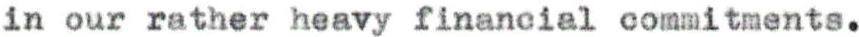
in our rather heavy financial commitments.